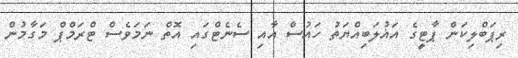
ރިޕަބްލިކަން ޕާޓީގެ އަޣުލަބިއްޔަތު ހައުސް އާއި ސެނެޓްގައި އޮތް ނަމަވެސް ޓްރަމްޕް މަގާމުން